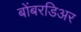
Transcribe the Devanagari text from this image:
बोंबरडिअर